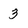
Character: 3